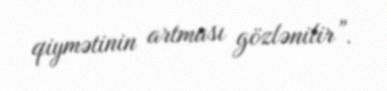
qiymətinin artması gözlənilir”.